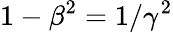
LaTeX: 1-\beta^{2}=1/\gamma^{2}